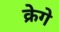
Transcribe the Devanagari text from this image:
क्रेगे